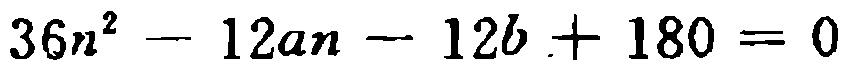
\(36n^{2}-12an - 12b+180 = 0\)